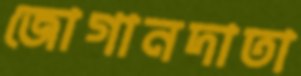
জোগানদাতা